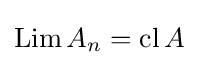
\mathop {\mathrm {Lim} } A_{n}=\mathop {\mathrm {cl} } A